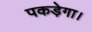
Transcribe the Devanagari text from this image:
पकड़ेगा।